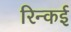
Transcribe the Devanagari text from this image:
रिन्कई